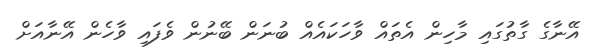
އޭނާގެ ގާތުގައި މާހިން އެތައް ވާހަކައެއް ބުނަން ބޭނުން ވެފައި ވާހެން އޭނާއަށް